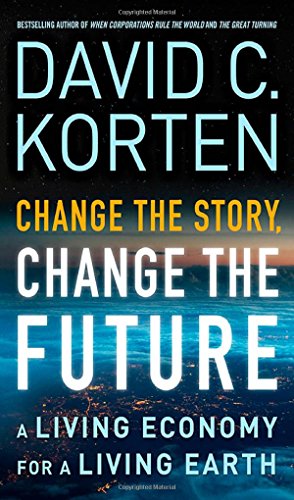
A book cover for Change the Story, Change the Future: A Living Economy for a Living Earth; David C. Korten; Business & Money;